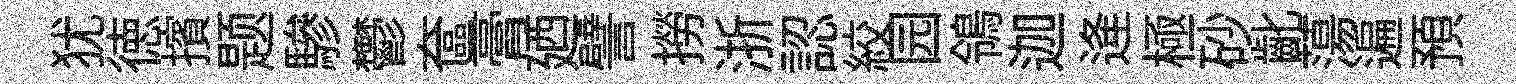
犹徳擯题驂鬱奩膏廼譬撈浙認絞园鴒迦逄極砂齔蕩遍預